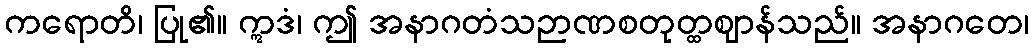
ကရောတိ၊ ပြု၏။ ဣဒံ၊ ဤ အနာဂတံသဉာဏစတုတ္ထဈာန်သည်။ အနာဂတေ၊